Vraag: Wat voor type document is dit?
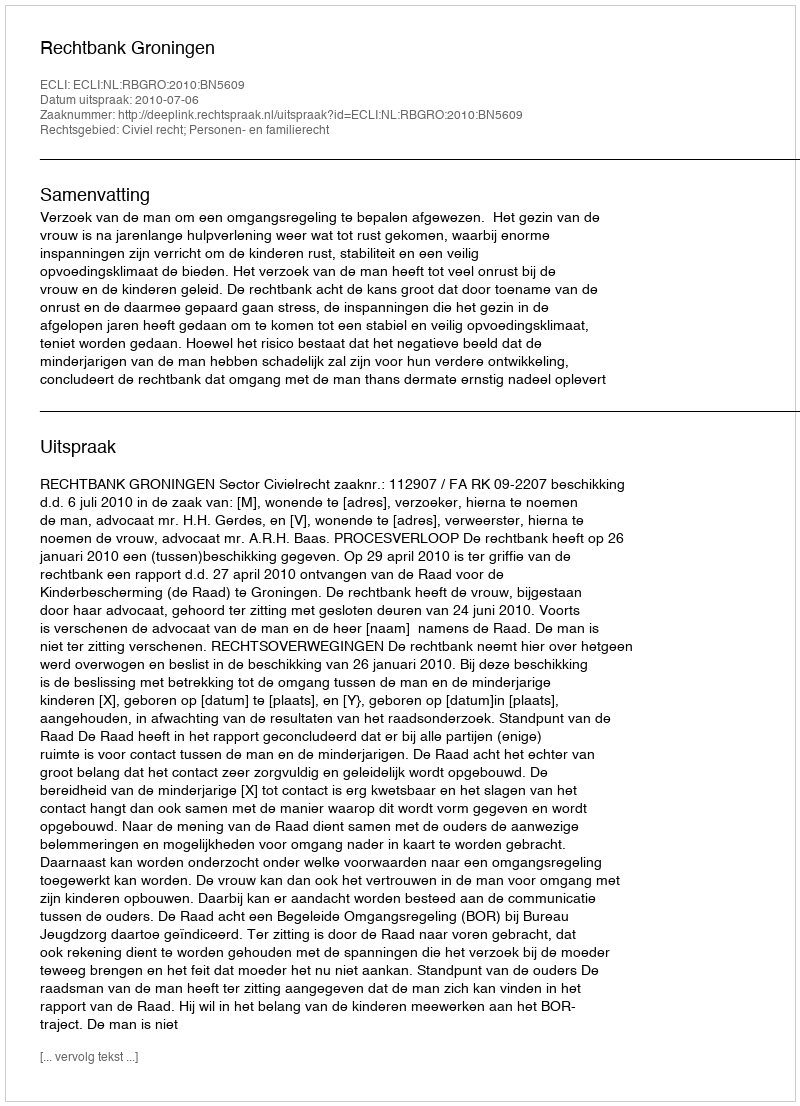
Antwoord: Uitspraak